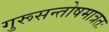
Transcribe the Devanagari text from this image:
गुरूसन्तोषमात्रतः